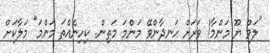
"ލަވް ޔޫ މަންމާ! ވަރަށް ހަނދާންވޭ މަންމަ މަތިން. ކިހިނެއްތަ މަންމަ" މަލާކަށް